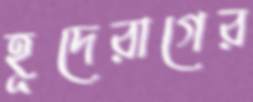
হূদেরাগের